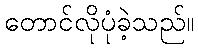
တောင်လိုပုံခဲ့သည်။